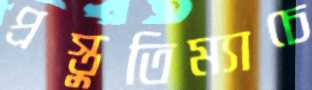
প্রস্তুতিম্যাচে